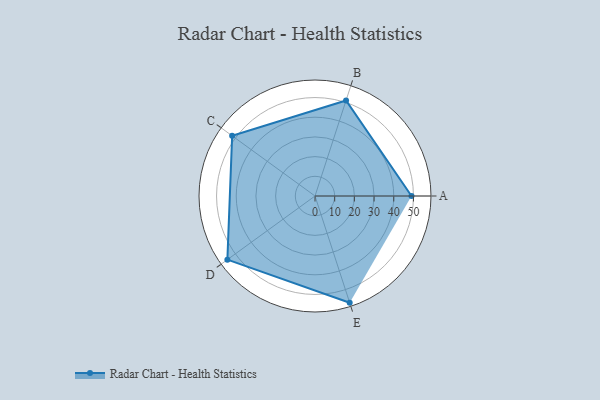
{"axis": {"x": "Skill", "y": "Score"}, "legend": ["Profile"], "data": [{"x": "A", "y": 49.0, "type": "Profile"}, {"x": "B", "y": 51.0, "type": "Profile"}, {"x": "C", "y": 52.0, "type": "Profile"}, {"x": "D", "y": 55.0, "type": "Profile"}, {"x": "E", "y": 57.0, "type": "Profile"}]}